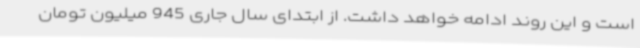
است و این روند ادامه خواهد داشت. از ابتدای سال جاری 945 میلیون تومان